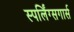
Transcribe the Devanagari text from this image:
स्पर्लिंग्सगार्स